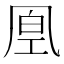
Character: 𠙔